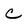
Character: c